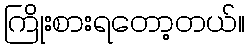
ကြိုးစားရတော့တယ်။